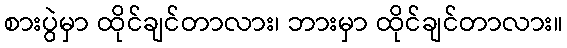
စားပွဲမှာ ထိုင်ချင်တာလား၊ ဘားမှာ ထိုင်ချင်တာလား။